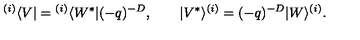
{ } ^ { ( i ) } \langle V | = { } ^ { ( i ) } \langle W ^ { * } | ( - q ) ^ { - D } , \qquad | V ^ { * } \rangle ^ { ( i ) } = ( - q ) ^ { - D } | W \rangle ^ { ( i ) } .